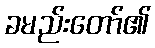
ခမည်းတော်၏